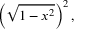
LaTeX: \left( { \sqrt { 1 - x ^ { 2 } } } \right) ^ { 2 } ,